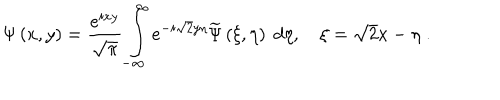
\Psi \left( x , y \right) = \frac { e ^ { i x y } } { \sqrt { \pi } } \int _ { - \infty } ^ { \infty } e ^ { - i \sqrt { 2 } y \eta } \widetilde { \Psi } \left( \xi , \eta \right) \; d \eta , \quad \xi = \sqrt { 2 } x - \eta \; .